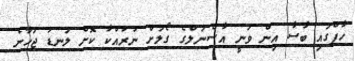
ހާފްގައި ބާސާ އިން ވަނީ އާސެނަލްގެ ގޯލަށް ނުރައްކާ ކޮށް ލަނޑު ޖަހާނެ